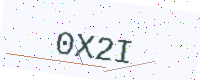
Text: 0X2I